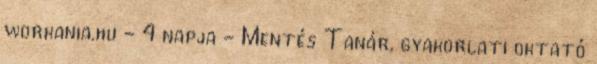
workania.hu - 4 napja - Mentés Tanár, gyakorlati oktató